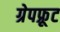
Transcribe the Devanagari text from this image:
ग्रेपफ़्रूट